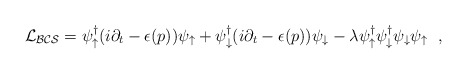
\begin{align*}{\cal L_{BCS}} = \psi^\dagger_\uparrow (i \partial_t - \epsilon (p))\psi_\uparrow + \psi^\dagger_\downarrow (i \partial_t - \epsilon (p))\psi_\downarrow - \lambda \psi^\dagger_\uparrow \psi^\dagger_\downarrow\psi_\downarrow \psi_\uparrow \, \, \, \, ,\end{align*}